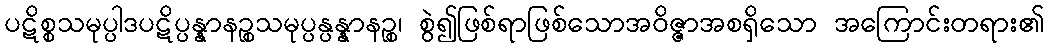
ပဋိစ္စသမုပ္ပါဒပဋိပ္ပန္နာနဉ္စသမုပ္ပန္ပန္နာနဉ္စ၊ စွဲ၍ဖြစ်ရာဖြစ်သောအဝိဇ္ဇာအစရှိသော အကြောင်းတရား၏